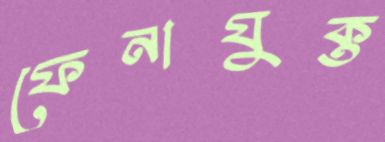
ফেনাযুক্ত